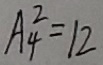
A ^ { 2 } _ { 4 } = 1 2